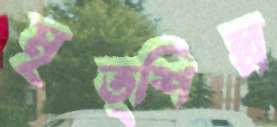
মৃত্শিল্প